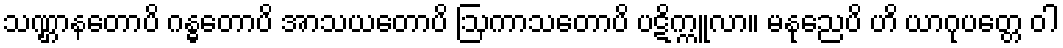
သဏ္ဌာနတောပိ ဂန္ဓတောပိ အာသယတောပိ ဩကာသတောပိ ပဋိက္ကူလာ။ မနုညေပိ ဟိ ယာဂုပတ္တေ ဝါ